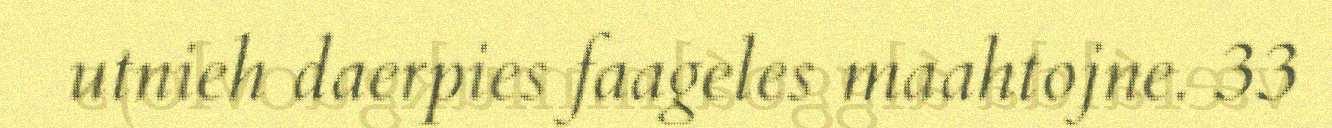
utnieh daerpies faageles maahtojne. 33